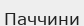
Паччини